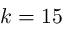
k = 1 5